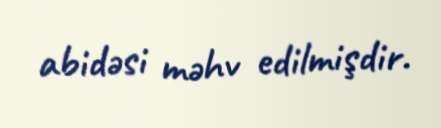
abidəsi məhv edilmişdir.